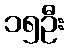
၁၅ဦး